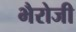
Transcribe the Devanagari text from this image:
भैरोजी